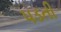
૫ડતી